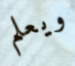
ويعلم